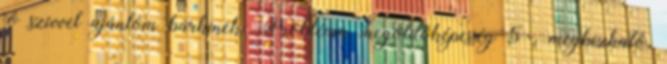
jó szívvel ajánlom bárkinek. Probléma megoldóképesség 5 . megbízható,